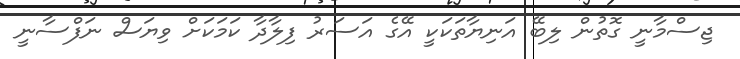
ޖިސްމާނީ ގޮތުން ލިބޭ އަނިޔާތަކަކީ އޭގެ އަސަރު ފިލާދާ ކަމަކަށް ވިޔަސް ނަފްސާނީ